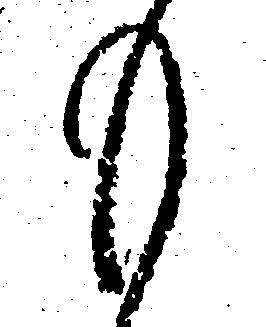
も